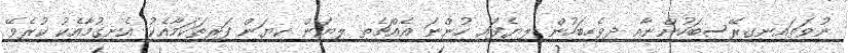
ނުވަތައިނގިރޭސިބަހުންނާއި ދިވެހިބަހުން ލިޔެފައި ހުންނަ އެއްޗެތި ލިޔަން ކިޔަން ފަރިތަކަމާއެކު އެނގުމާއެކު ކުރެވޭ